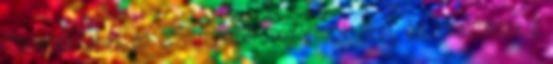
üzenetekkel —, de érzelmilegis megérintik őket, és alkalmasak a